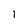
Character: l